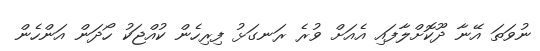
ނުވަތަ އޭނާ ދޫކޮށްލާފައި އެއަށް ވުރެ ރަނގަޅު ފިރިހެން ކުއްޖަކު ހޯދަން އަންހެން